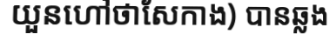
យួនហៅថាសែកាង) បានឆ្លង